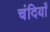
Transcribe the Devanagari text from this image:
चंदियाँ